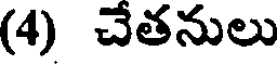
(4) చేతనులు